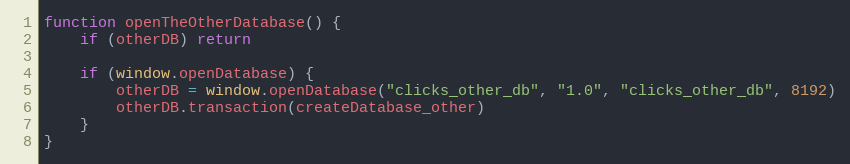
Language: JavaScript
function openTheOtherDatabase() {
    if (otherDB) return

    if (window.openDatabase) {
        otherDB = window.openDatabase("clicks_other_db", "1.0", "clicks_other_db", 8192)
        otherDB.transaction(createDatabase_other)
    }
}